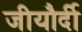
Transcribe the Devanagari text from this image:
जीयौर्दी